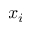
x _ { i }